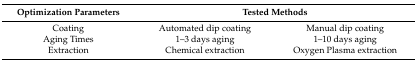
<table><thead><tr><td><b>Optimization Parameters</b></td><td colspan="2"><b>Tested Methods</b></td></tr></thead><tbody><tr><td>Coating</td><td>Automated dip coating</td><td>Manual dip coating</td></tr><tr><td>Aging Times</td><td>1–3 days aging</td><td>1–10 days aging</td></tr><tr><td>Extraction</td><td>Chemical extraction</td><td>Oxygen Plasma extraction</td></tr></tbody></table>